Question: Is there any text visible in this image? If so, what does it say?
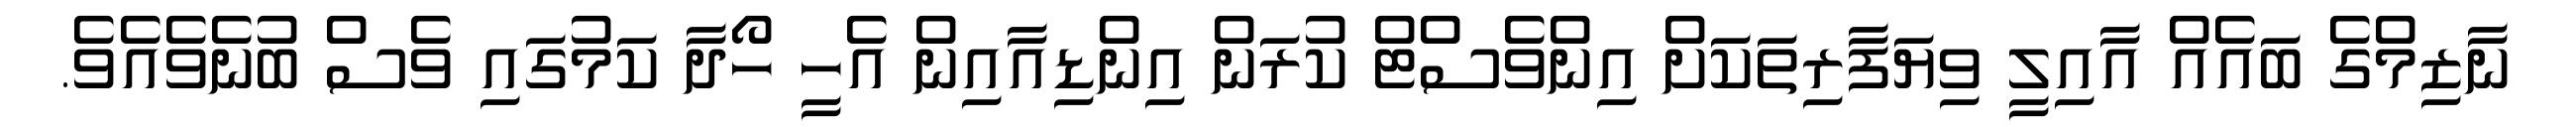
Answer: ނާޒިމްގެ ބައެއް އާއިލީ ވިޔަފާރިތަކަށް އިންވެސްޓް ކުރަން އިންޑިއާއިން އެހީ ހޯދާ ކަމުގައި ވެސް ބުނެވެއެވެ.